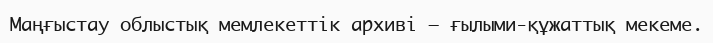
Маңғыстау облыстық мемлекеттік архиві – ғылыми-құжаттық мекеме.